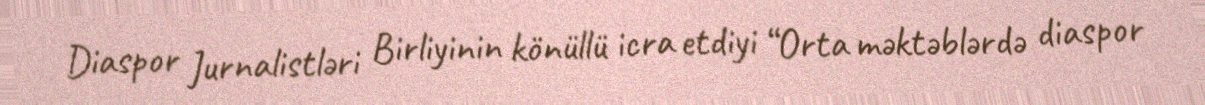
Diaspor Jurnalistləri Birliyinin könüllü icra etdiyi “Orta məktəblərdə diaspor